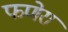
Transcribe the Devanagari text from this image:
फणेरा